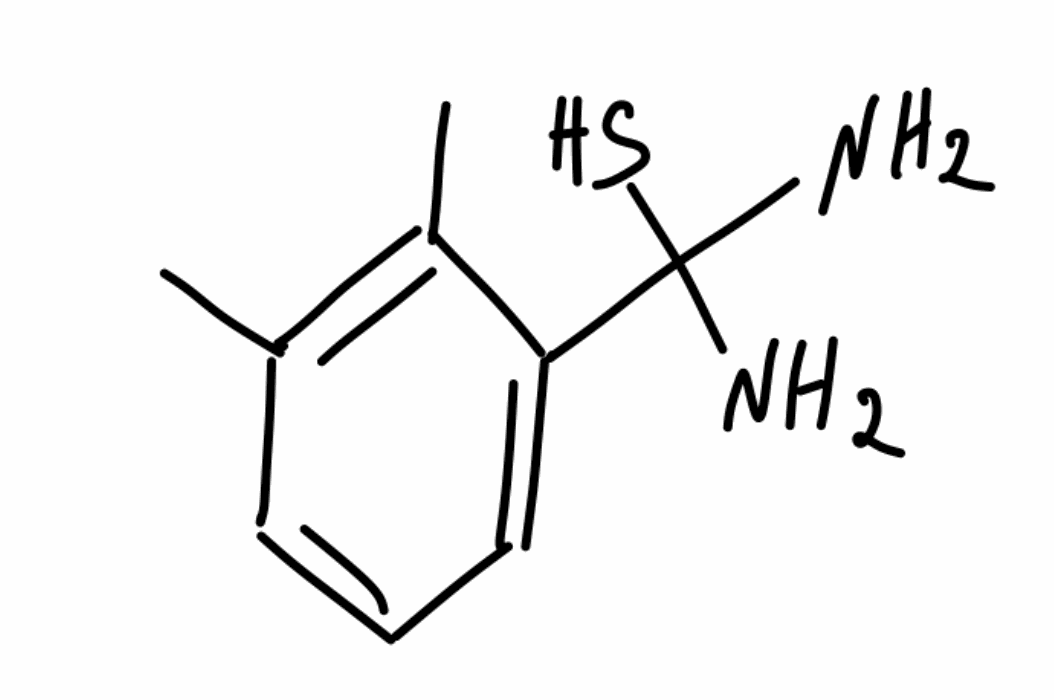
Simplified molecular-input line-entry system (SMILES) notation of the given molecule:
CC1=C(C(=CC=C1)C(N)(N)S)C